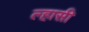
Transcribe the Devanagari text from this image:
ल्हासी